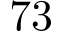
7 3